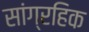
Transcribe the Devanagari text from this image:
सांग्रहिक